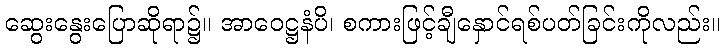
ဆွေးနွေးပြောဆိုရာ၌။ အာဝေဋ္ဌနံပိ၊ စကားဖြင့်ချီနှောင်ရစ်ပတ်ခြင်းကိုလည်း။